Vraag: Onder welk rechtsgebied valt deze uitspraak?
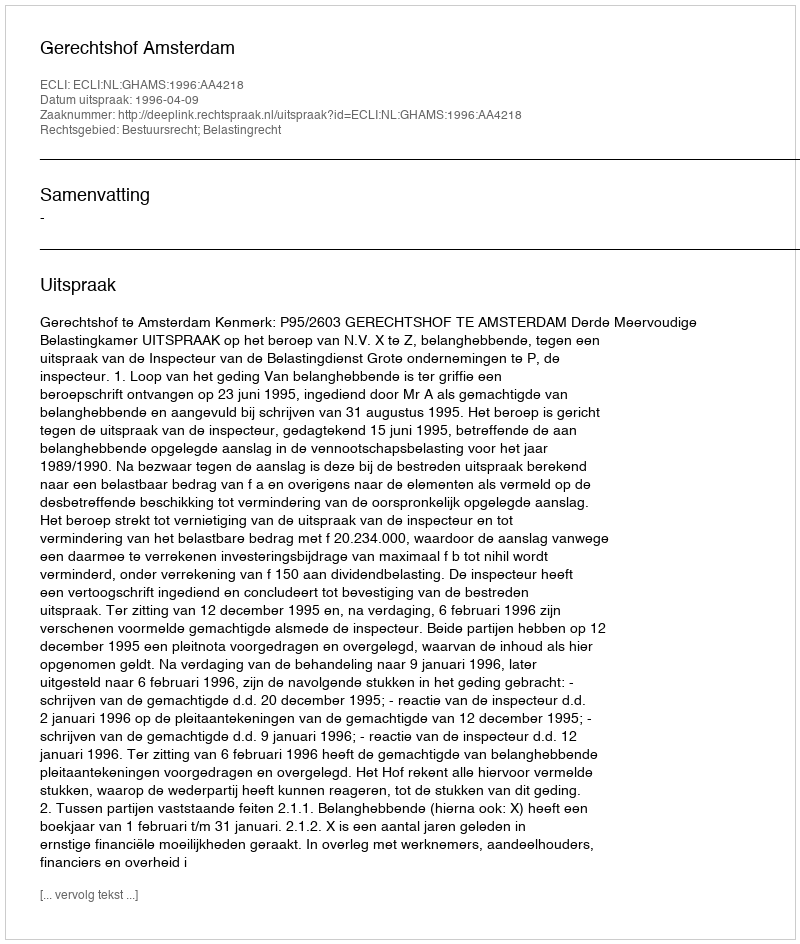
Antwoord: Bestuursrecht; Belastingrecht